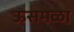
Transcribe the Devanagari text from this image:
ऊसमळा